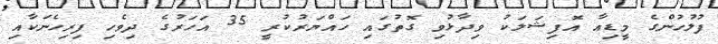
ފުލުހުންގެ މީޑިއާ އޮފިޝަލަކު ވިދާޅުވި ގޮތުގައި ހައްޔަރުކުރީ 35 އަހަރުގެ ދިވެހި ފިރިހެނަކާއި